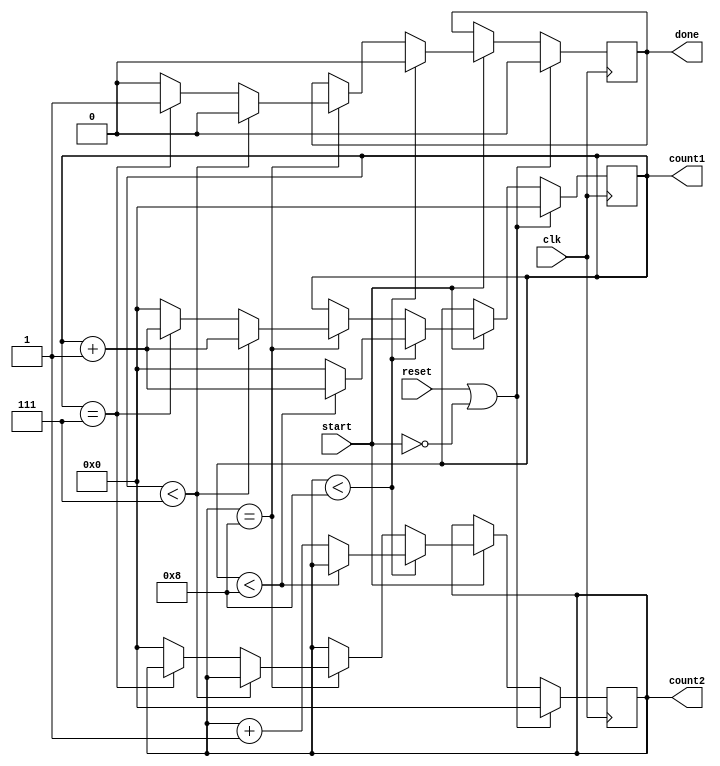
module Counter2(
    input clk,
    input start,
    input reset,
    output reg [3:0] count1,
    output reg [3:0] count2,
    output reg done
    );
    
    parameter mod = 9;
    
    always @ ( posedge clk )
    begin
        if( reset || ~start )
        begin
            count1 <= 0;
            count2 <= 0;
            done <= 0;
        end else if ( start )
        begin
            if( count2 < mod-1 )
            begin
                if( count1 < mod-1 )
                begin
                    count1 <= count1 + 1;
                    done <= 0;
                end else
                begin
                    count1 <= 0;
                    count2 <= count2 + 1;
                    done <= 0;
                end
            end else if ( count2 == mod-1 )
            begin
                if( count1 < mod - 2 )
                    begin
                        count1 <= count1 + 1;
                        done <= 0;
                    end else if ( count1 == mod - 2 )
                    begin
                        count1 <= count1 + 1;
                        done <= 1;
                    end
                    else
                    begin
                        count1 <= 0;
                        count2 <= 0;
                        done <= 0;
                    end
            end
        end
    end
endmodule